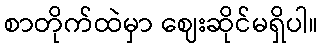
စာတိုက်ထဲမှာ ဈေးဆိုင်မရှိပါ။